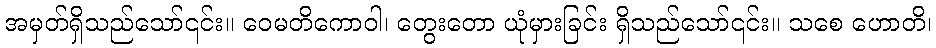
အမှတ်ရှိသည်သော်၎င်း။ ဝေမတိကောဝါ၊ တွေးတော ယုံမှားခြင်း ရှိသည်သော်၎င်း။ သစေ ဟောတိ၊